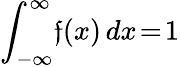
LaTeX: \int_{-\infty}^{\infty}\! \mathfrak{f}(x)\, dx\! =\! 1